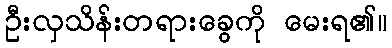
ဦးလှသိန်းတရားခွေကို မေးရ၏။